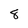
Character: 8